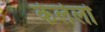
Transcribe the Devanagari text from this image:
केलेलो